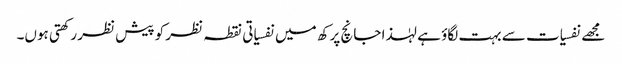
مجھے نفسیات سے بہت لگاؤ ہے لہٰذا جانچ پرکھ میں نفسیاتی نقطہ نظر کو پیش نظر رکھتی ہوں۔